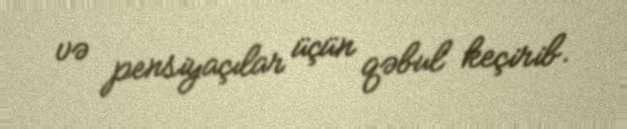
və pensiyaçılar üçün qəbul keçirib.